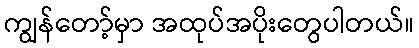
ကျွန်တော့်မှာ အထုပ်အပိုးတွေပါတယ်။